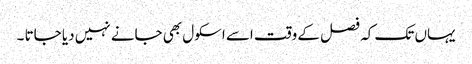
یہاں تک کہ فصل کے وقت اسے اسکول بھی جانے نہیں دیا جاتا ۔